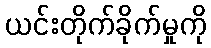
ယင်းတိုက်ခိုက်မှုကို